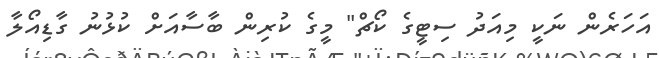
އަހަރެން ނަކީ މިއަދު ސިޓީގެ ކޯޗް" މީގެ ކުރިން ބާސާއަށް ކުޅުނު ގާޑިއޯލާ